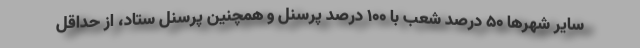
سایر شهرها 50 درصد شعب با 100 درصد پرسنل و همچنین پرسنل ستاد، از حداقل